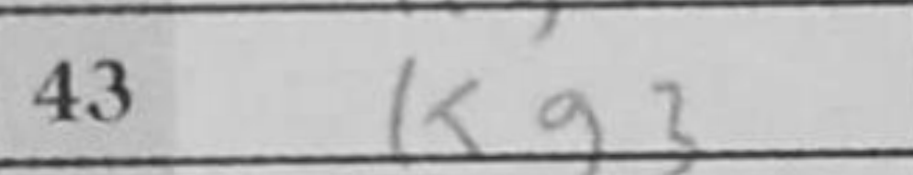
Transcription: Kg3